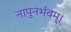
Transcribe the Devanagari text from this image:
नापुनर्भवम्।